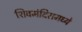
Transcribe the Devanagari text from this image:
शिवमंदिरामध्ये